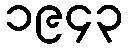
၁၉၄၃